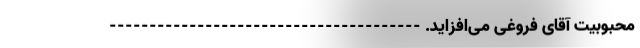
محبوبیت آقای فروغی می‌افزاید. ---------------------------------------